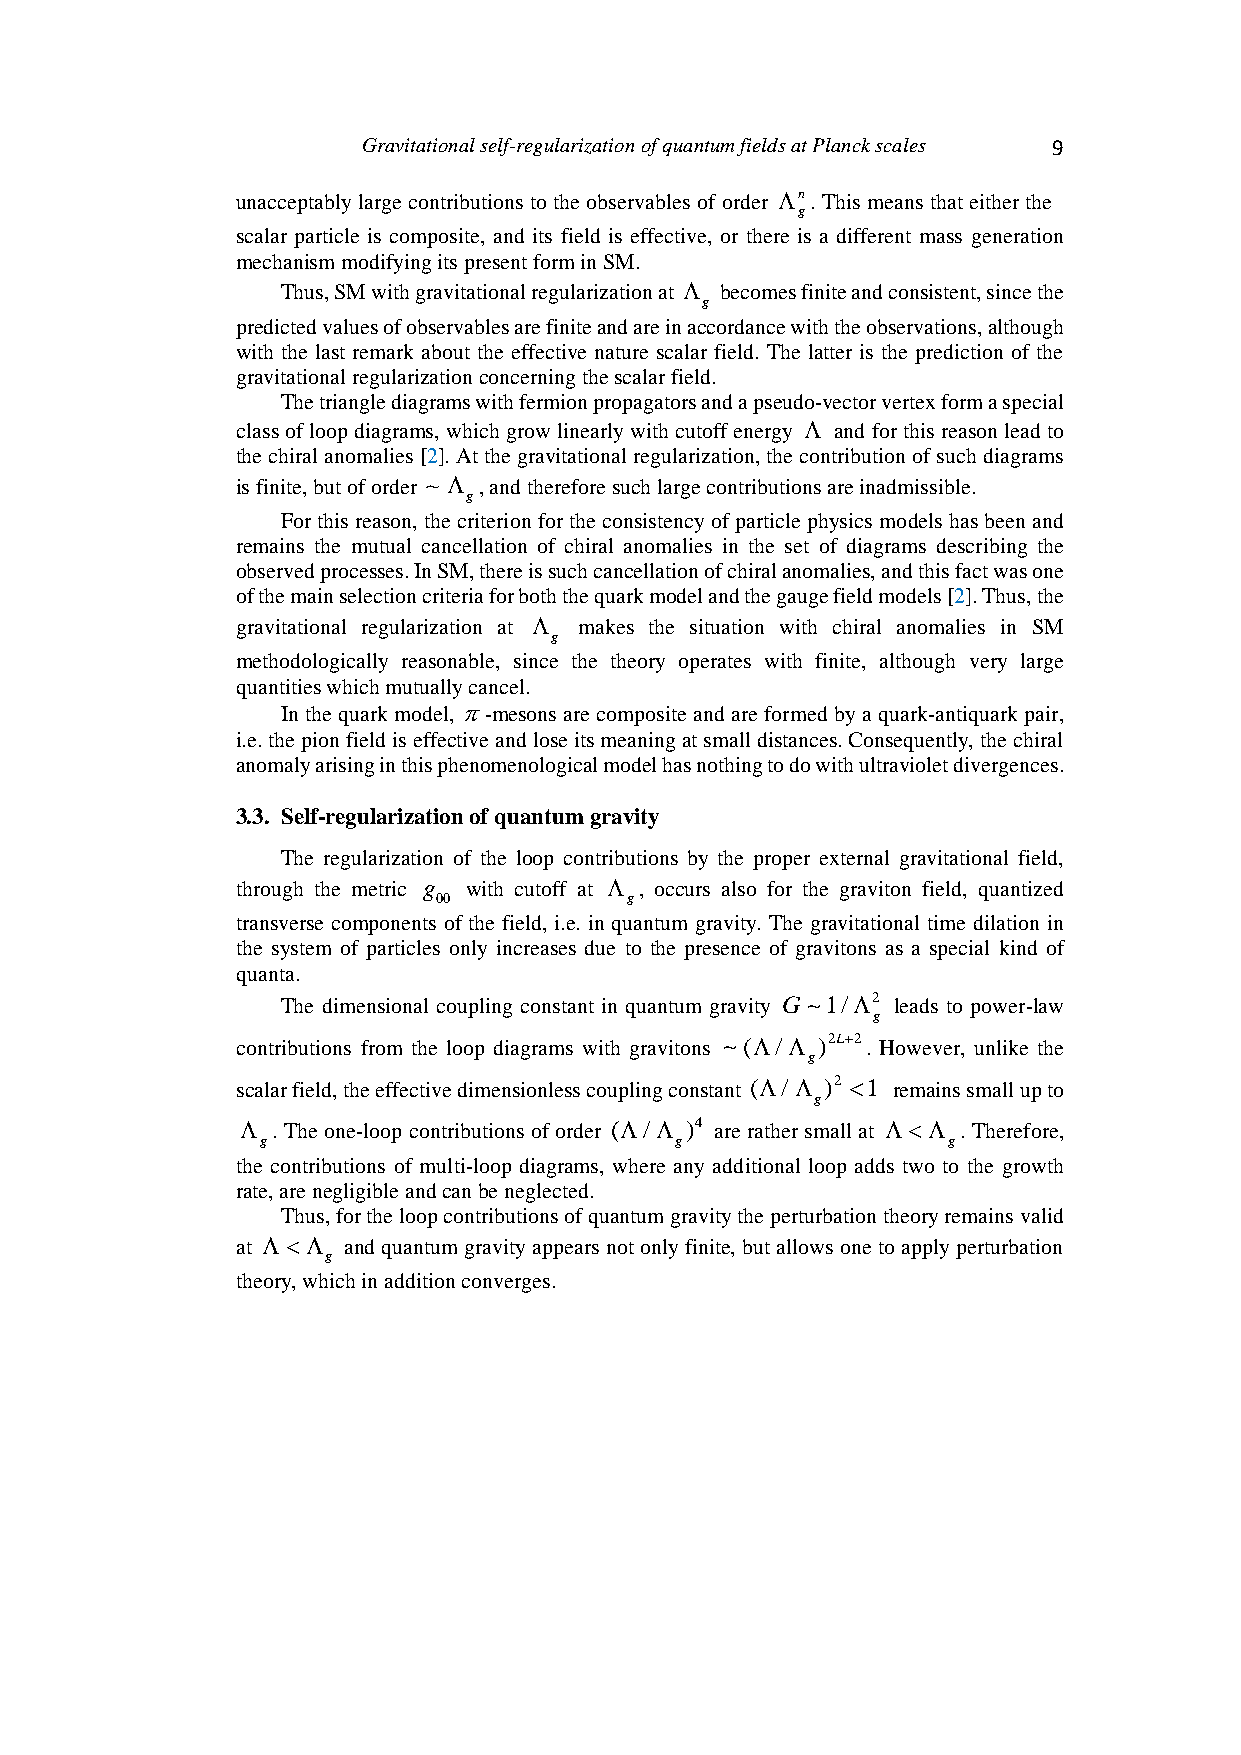
Gravitational self-regularization of quantum fields at Planck scales 9
 unacceptably large contributions to the observables of order n. This means that either the
 g
 scalar particle is composite, and its field is effective, or there is a different mass generation
 mechanism modifying its present form in SM.
 Thus, SM with gravitational regularization at  becomes finite and consistent, since the
 g
 predicted values of observables are finite and are in accordance with the observations, although
 with the last remark about the effective nature scalar field. The latter is the prediction of the
 gravitational regularization concerning the scalar field.
 The triangle diagrams with fermion propagators and a pseudo-vector vertex form a special
 class of loop diagrams, which grow linearly with cutoff energy  and for this reason lead to
 the chiral anomalies [2]. At the gravitational regularization, the contribution of such diagrams
 is finite, but of order  , and therefore such large contributions are inadmissible.
 g
 For this reason, the criterion for the consistency of particle physics models has been and
 remains the mutual cancellation of chiral anomalies in the set of diagrams describing the
 observed processes. In SM, there is such cancellation of chiral anomalies, and this fact was one
 of the main selection criteria for both the quark model and the gauge field models [2]. Thus, the
 gravitational regularization at  makes the situation with chiral anomalies in SM
 g
 methodologically reasonable, since the theory operates with finite, although very large
 quantities which mutually cancel.
 In the quark model, -mesons are composite and are formed by a quark-antiquark pair,
 i.e. the pion field is effective and lose its meaning at small distances. Consequently, the chiral
 anomaly arising in this phenomenological model has nothing to do with ultraviolet divergences.
 3.3. Self-regularization of quantum gravity
 The regularization of the loop contributions by the proper external gravitational field,
 through the metric g with cutoff at  , occurs also for the graviton field, quantized
 00          g
 transverse components of the field, i.e. in quantum gravity. The gravitational time dilation in
 the system of particles only increases due to the presence of gravitons as a special kind of
 quanta.
 The dimensional coupling constant in quantum gravity G 1/2 leads to power-law
 g
 contributions from the loop diagrams with gravitons (/ )2L2. However, unlike the
 g
 scalar field, the effective dimensionless coupling constant (/ )2 1 remains small up to
 g
  . The one-loop contributions of order (/ )4 are rather small at  . Therefore,
 g                           g                 g
 the contributions of multi-loop diagrams, where any additional loop adds two to the growth
 rate, are negligible and can be neglected.
 Thus, for the loop contributions of quantum gravity the perturbation theory remains valid
 at  and quantum gravity appears not only finite, but allows one to apply perturbation
 g
 theory, which in addition converges.